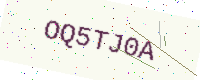
Text: OQ5TJ0A